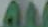
AM